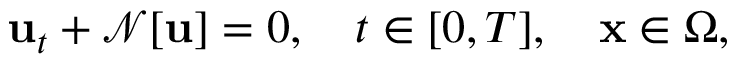
{ \bf u } _ { t } + \mathcal { N } [ { \bf u } ] = 0 , \quad t \in [ 0 , T ] , \quad { \bf x } \in \Omega ,